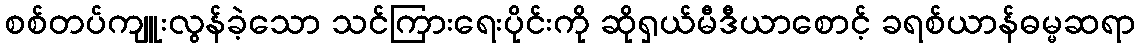
စစ်တပ်ကျူးလွန်ခဲ့သော သင်ကြားရေးပိုင်းကို ဆိုရှယ်မီဒီယာစောင့် ခရစ်ယာန်ဓမ္မဆရာ